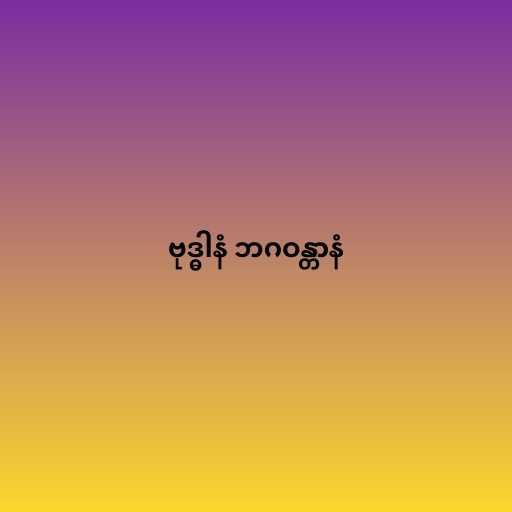
ဗုဒ္ဓါနံ ဘဂဝန္တာနံ